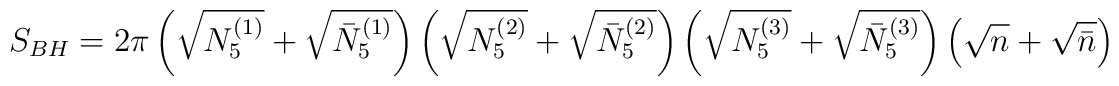
S_{BH} = 2\pi \left( \sqrt{N_5^{(1)}} + \sqrt{\bar{N}_5^{(1)}}\right)\left( \sqrt{N_5^{(2)}} + \sqrt{\bar{N}_5^{(2)}}\right)\left( \sqrt{N_5^{(3)}} + \sqrt{\bar{N}_5^{(3)}}\right)\left( \sqrt{n} + \sqrt{\bar{n}}\right)